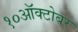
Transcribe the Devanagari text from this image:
१०ऑक्टोबर